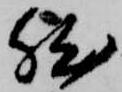
然